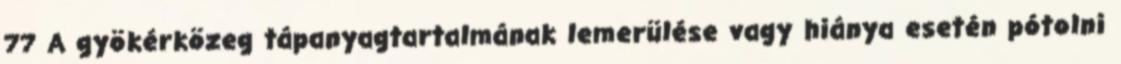
77 A gyökérközeg tápanyagtartalmának lemerülése vagy hiánya esetén pótolni